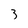
Character: 3